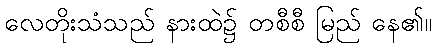
လေတိုးသံသည် နားထဲ၌ တစီစီ မြည် နေ၏။